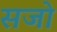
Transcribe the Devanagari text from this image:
सजो